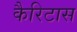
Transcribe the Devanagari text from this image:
कैरिटास